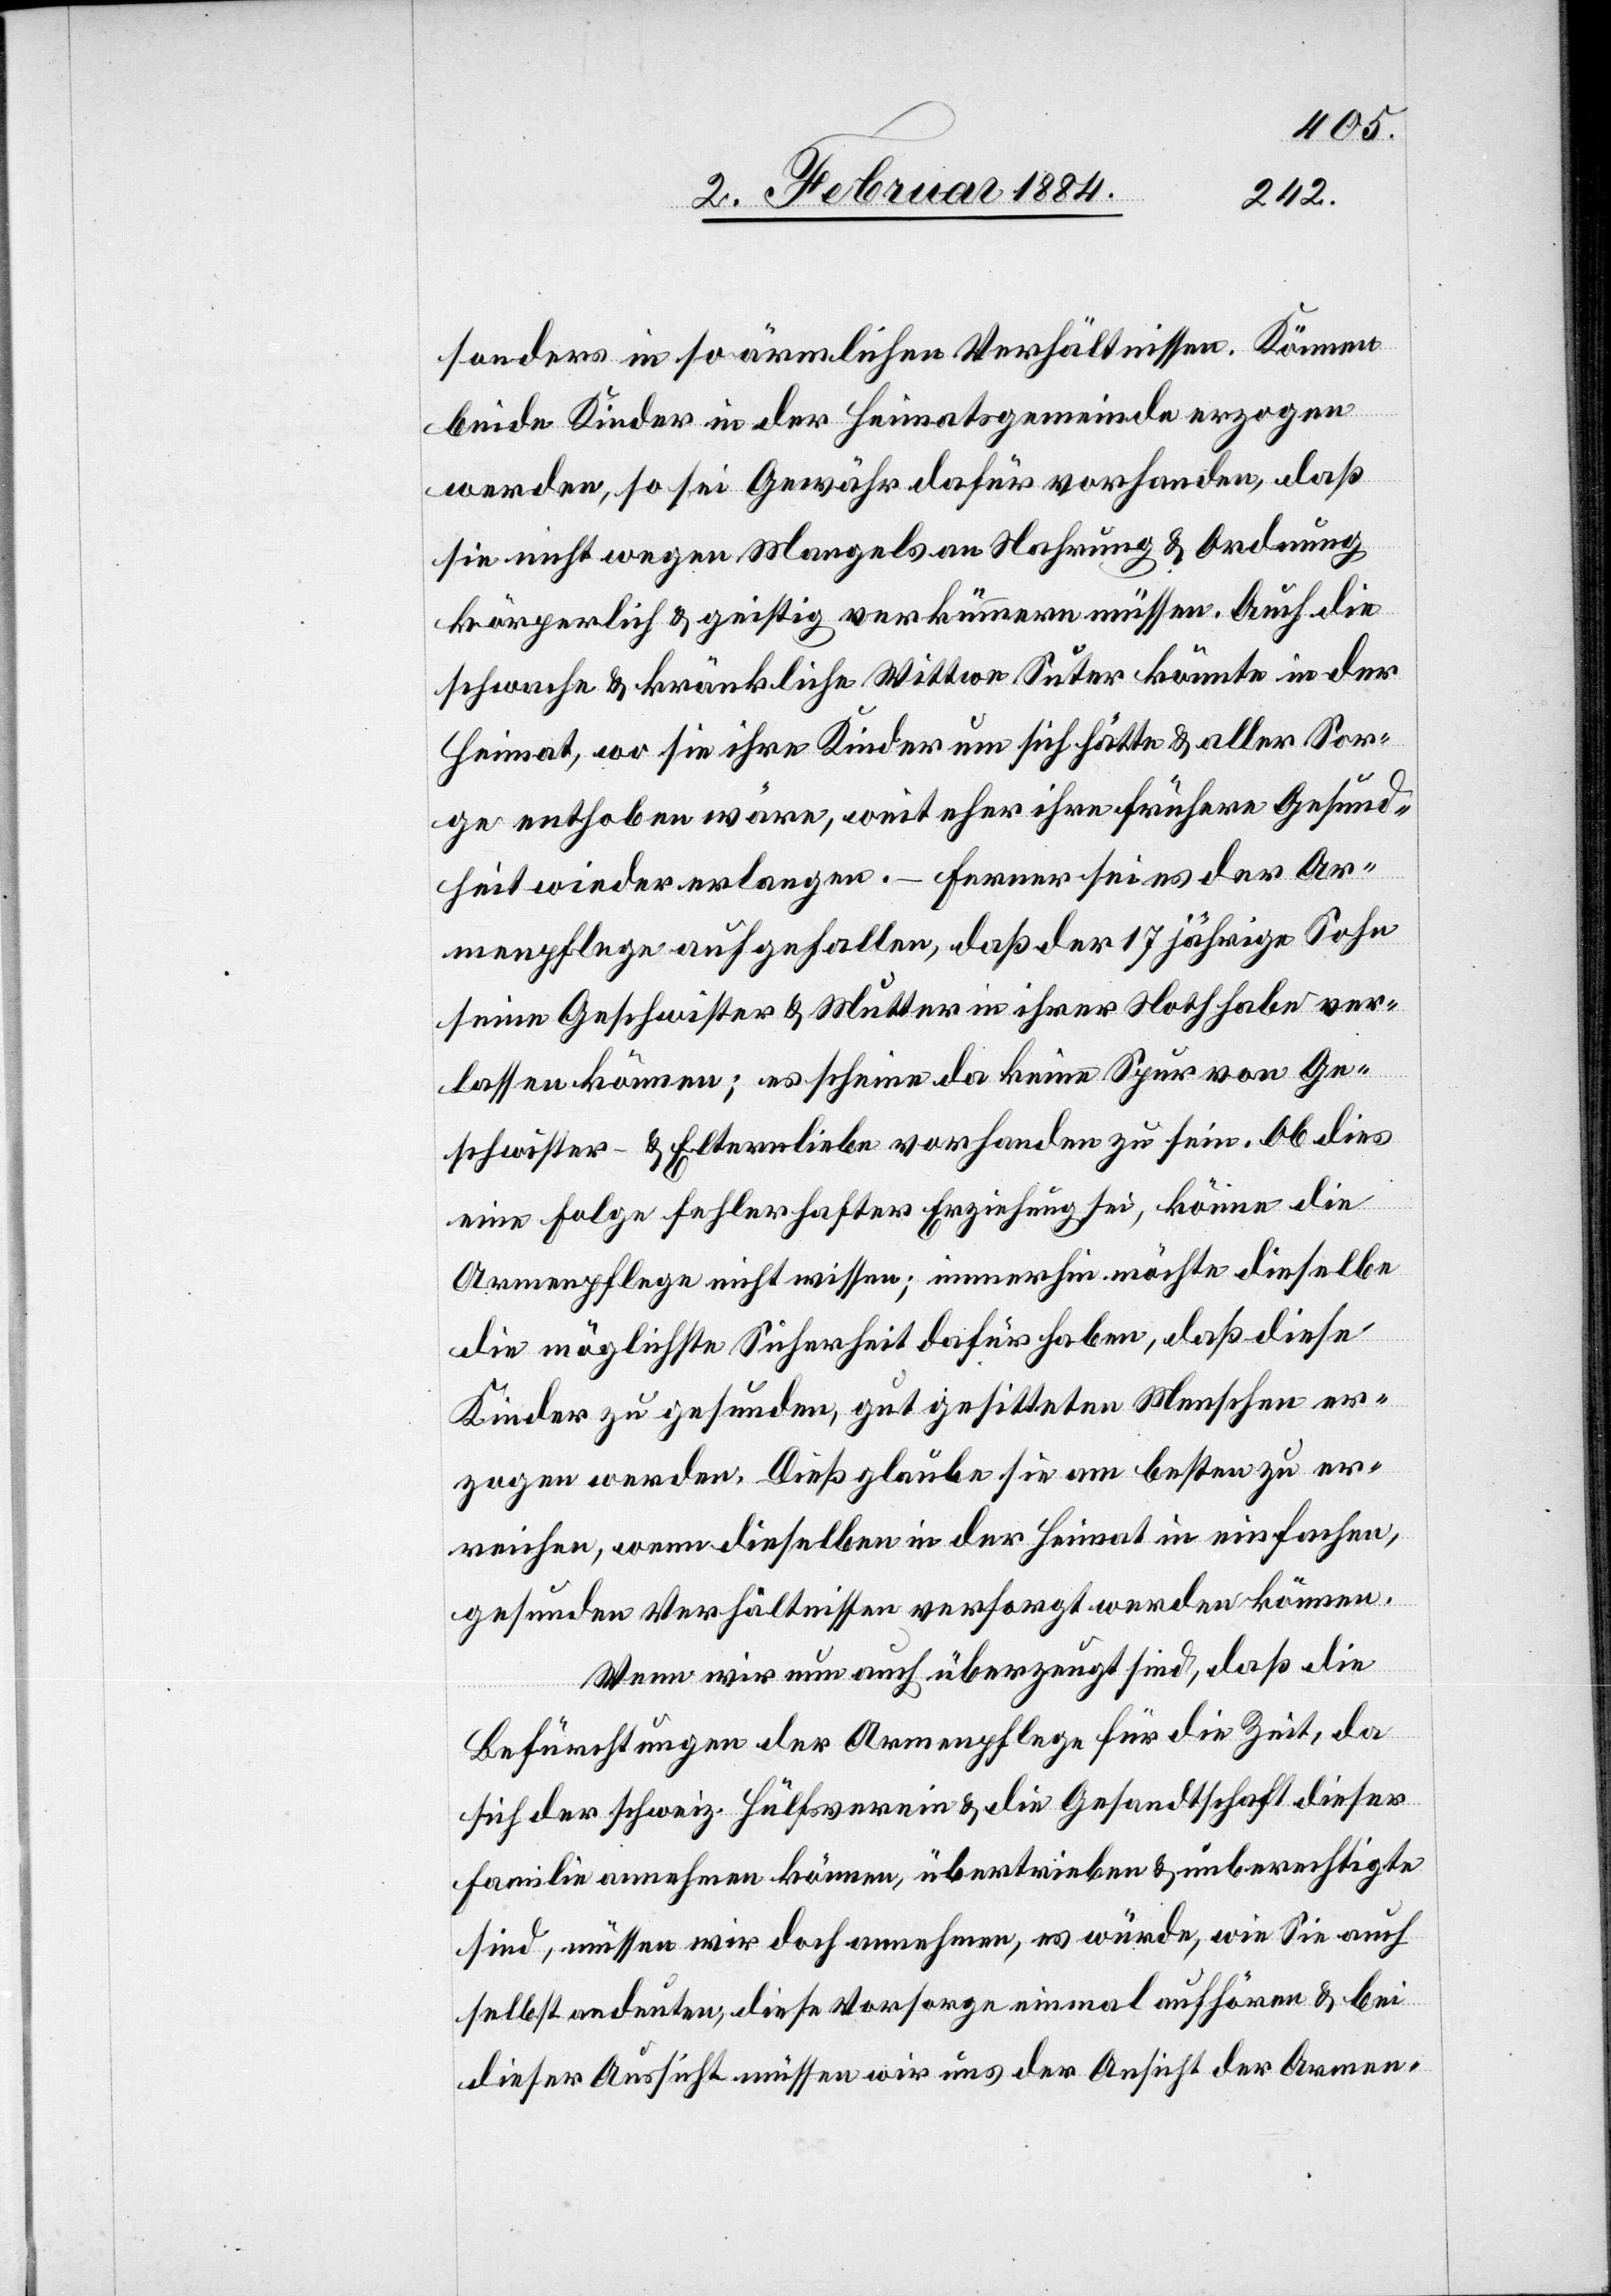
sonders in so ärmlichen Verhältnissen. Können
beide Kinder in der Heimatsgemeinde erzogen
werden, so sei Gewähr dafür vorhanden, daß
sie nicht wegen Mangels an Nahrung & Ordnung
körperlich & geistig verkümmern müssen. Auch die
schwache & kränkliche Wittwe Suter könnte in der
Heimat, wo sie ihre Kinder um sich hätte & aller Sor¬
ge enthoben wäre, weit eher ihre frühere Gesund¬
heit wieder erlangen. – Ferner sei es der Ar¬
menpflege aufgefallen, daß der 17jährige Sohn
seine Geschwister & Mutter in ihrer Noth habe ver¬
lassen können; es scheine da keine Spur von Ge¬
schwister- & Elternliebe vorhanden zu sein. Ob dies
eine Folge fehlerhafter Erziehung sei, könne die
Armenpflege nicht wissen; immerhin möchte dieselbe
die möglichste Sicherheit dafür haben, daß diese
Kinder zu gesunden, gut gesitteten Menschen er¬
zogen werden. Dieß glaube sie am besten zu er¬
reichen, wenn dieselben in der Heimat in einfachen,
gesunden Verhältnissen versorgt werden können.
Wenn wir nun auch überzeugt sind, daß die
Befürchtungen der Armenpflege für die Zeit, da
sich der schweiz. Hülfsverein & die Gesandtschaft dieser
Familie annehmen können, übertriebene & unberechtigte
sind, müssen wir doch annehmen, es würde, wie Sie auch
selbst andeuten, diese Vorsorge einmal aufhören & bei
dieser Aussicht müssen wir uns der Ansicht der Armen-